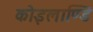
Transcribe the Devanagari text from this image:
कोइलाण्डि